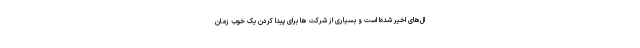
ال‌های اخیر شده‌ا است و بسیاری از شرکت ها برای پیدا کردن یک خوب زمان